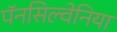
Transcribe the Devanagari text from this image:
पॅनसिल्वेनिया